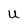
Character: u